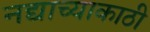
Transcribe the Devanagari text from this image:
नद्याच्याकाठी